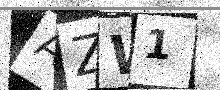
Text: AZW1